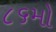
૮૬મો